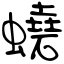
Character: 蟯